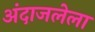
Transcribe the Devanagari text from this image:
अंदाजलेला